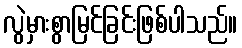
လွဲမှားစွာမြင်ခြင်းဖြစ်ပါသည်။